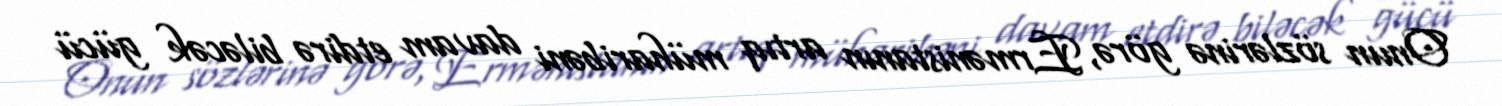
Onun sözlərinə görə, Ermənistanın artıq müharibəni davam etdirə biləcək gücü